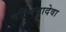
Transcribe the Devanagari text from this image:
वन्थियादेवा